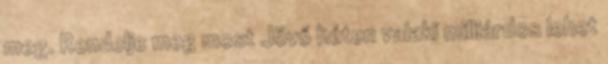
meg. Rendelje meg most Jövő héten valaki milliárdos lehet